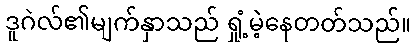
ဒူဂဲလ်၏မျက်နှာသည် ရှုံ့မဲ့နေတတ်သည်။